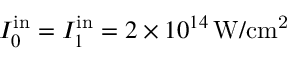
I _ { 0 } ^ { \mathrm { i n } } = I _ { 1 } ^ { \mathrm { i n } } = 2 \times 1 0 ^ { 1 4 } \, \mathrm { W / c m ^ { 2 } }